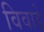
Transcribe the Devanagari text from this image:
विवाहे